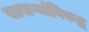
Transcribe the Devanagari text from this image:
सासऱ्यांविरुद्ध